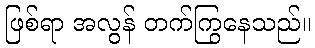
ဖြစ်ရာ အလွန် တက်ကြွနေသည်။